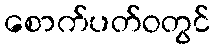
စောက်ပတ်ဝတွင်